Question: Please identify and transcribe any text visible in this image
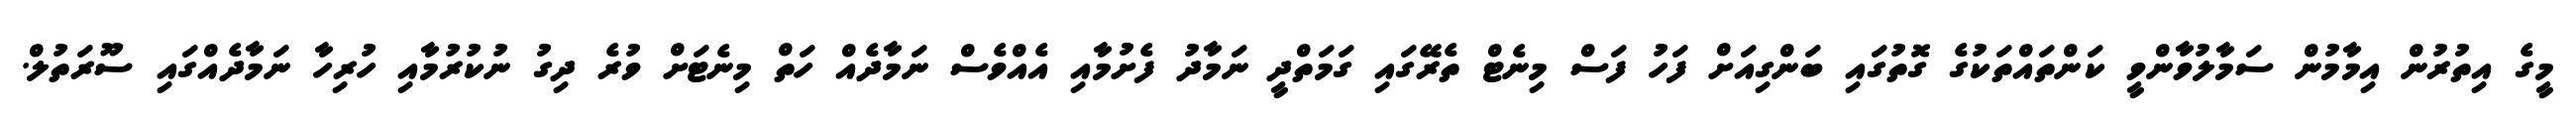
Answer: މީގެ އިތުރުން އިމާމުން ސަމާލުވާންވީ ކަންތައްތަކުގެ ގޮތުގައި ބަންގިއަށް ފަހު ފަސް މިނެޓް ތެރޭގައި ގަމަތްދީ ނަމާދު ފެށުމާއި އެއްވެސް ނަމާދެއް ހަތް މިނެޓަށް ވުރެ ދިގު ނުކުރުމާއި ހުރިހާ ނަމާދެއްގައި ސޫރަތުލް.